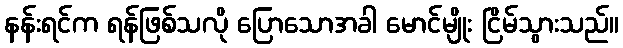
နန်းရင်က ရန်ဖြစ်သလို ပြောသောအခါ မောင်မျိုး ငြိမ်သွားသည်။